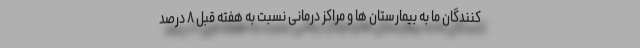
کنندگان ما به بیمارستان ها و مراکز درمانی نسبت به هفته قبل ۸ درصد